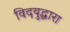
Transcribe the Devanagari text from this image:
विदयुद्धारा